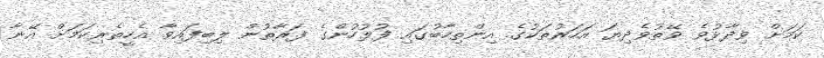
ކަމަށް ވިދާޅުވެ ވޭތުވެދިޔަ އަހަރުތަކުގެ އިންތިހާބުގައި ފުލުހުންގެ ފަރާތުން ލިބިފައިވާ އެހީތެރިކަމަށް އޭނާ